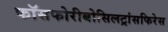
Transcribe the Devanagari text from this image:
फॉसफोरीबोसिलट्रांसफिरेस